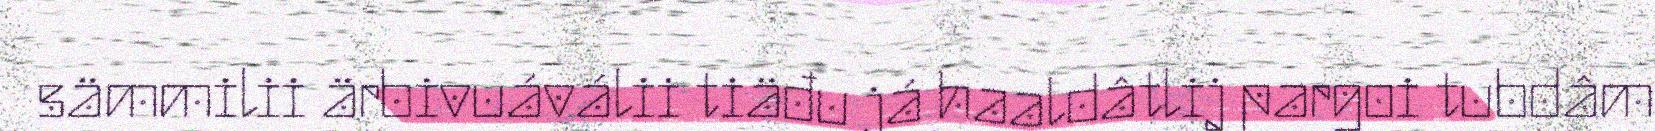
sämmilii ärbivuáválii tiäđu já haaldâtlij pargoi tubdâm